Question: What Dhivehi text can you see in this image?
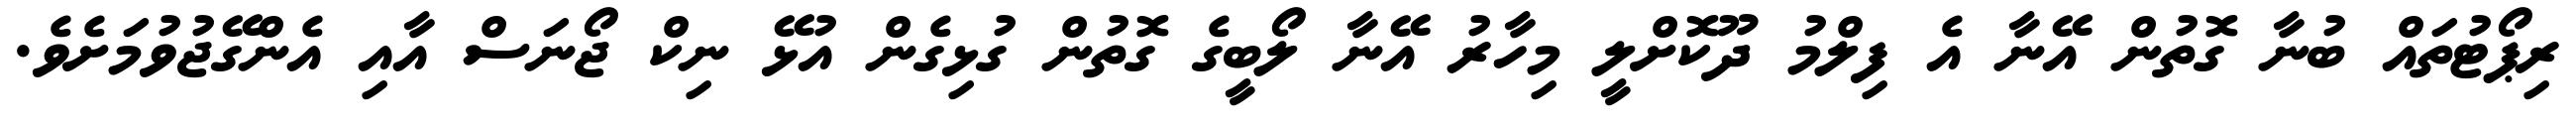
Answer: ރިޕޯޓުތައް ބުނާ ގޮތުން އޭނާ އެ ފިލްމު ދޫކޮށްލީ މިހާރު އޭނާ ލޯބީގެ ގޮތުން ގުޅިގެން އުޅޭ ނިކް ޖޯނަސް އާއި އެންގޭޖުވުމަށެވެ.